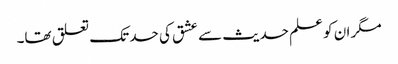
مگر ان کو علم حدیث سے عشق کی حد تک تعلق تھا۔